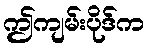
ဤကျမ်းပိုဒ်က